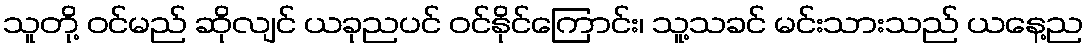
သူတို့ ဝင်မည် ဆိုလျင် ယခုညပင် ဝင်နိုင်ကြောင်း၊ သူ့သခင် မင်းသားသည် ယနေ့ည